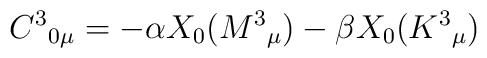
C^{3}{}_{0\mu }  = -\alpha X_{0}(M^{3}{}_{\mu })-\beta X_{0}(K^{3}{}_{\mu})